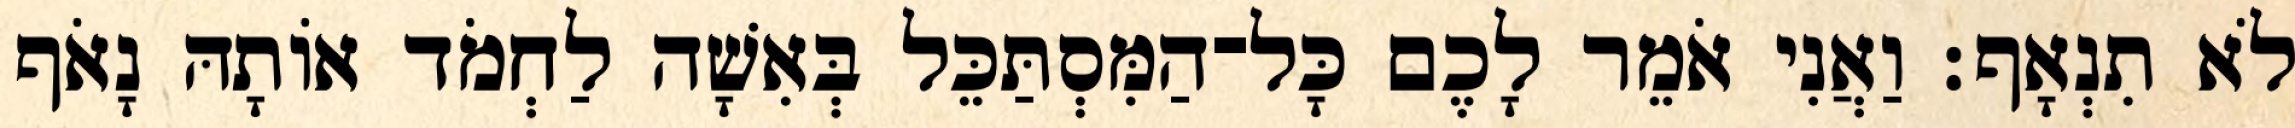
לֹא תִנְאָף׃ וַאֲנִי אֹמֵר לָכֶם כָּל־הַמִּסְתַּכֵּל בְּאִשָׁה לַחְמֹד אוֹתָהּ נָאֹף